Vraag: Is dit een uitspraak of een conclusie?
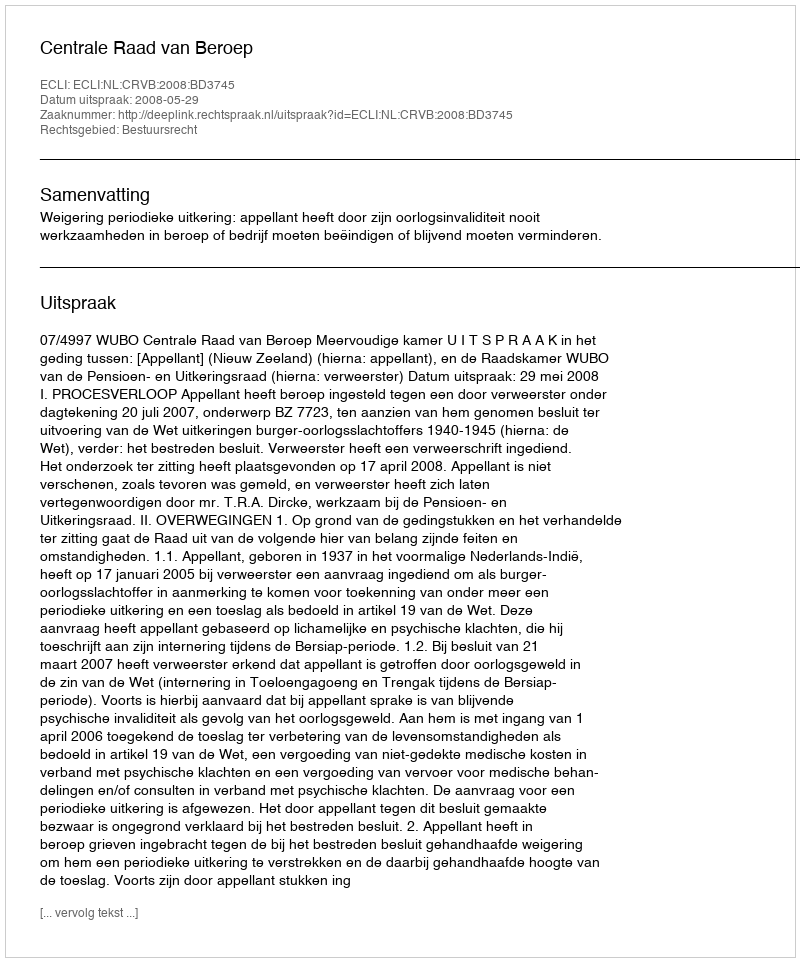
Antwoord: Uitspraak